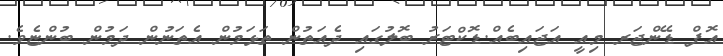
އޮފް ޑޭންޖަރ މިއީ އަޖައިބެއް.ޑޮކްޓަރު ބޮލުގައި ދެއަތުން ތަޅަމުން އެތަނުން ދަމުން ބުންޏެވެ.